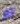
ثم